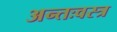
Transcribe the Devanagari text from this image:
अन्तःवस्त्र